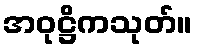
အဝုဋ္ဌိကသုတ်။